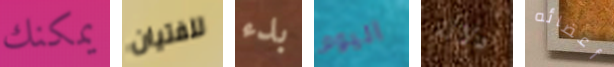
يمكنك للفتيان بدء اليوم دلالة أعضائه